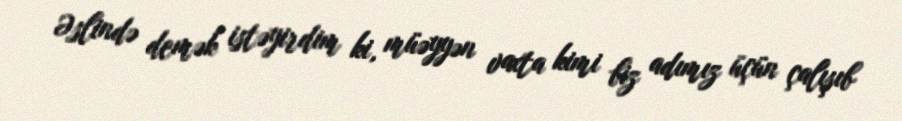
Əslində demək istəyirdim ki, müəyyən vaxta kimi biz adımız üçün çalışıb